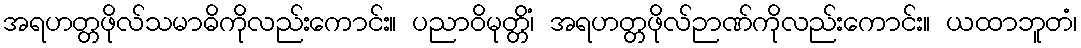
အရဟတ္တဖိုလ်သမာဓိကိုလည်းကောင်း။ ပညာဝိမုတ္တိံ၊ အရဟတ္တဖိုလ်ဉာဏ်ကိုလည်းကောင်း။ ယထာဘူတံ၊